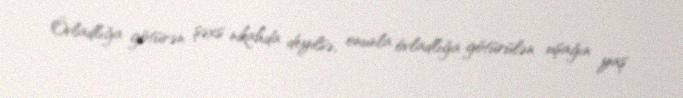
Övladlığa götürən şəxs nikahda deyilsə, onunla övladlığa götürülən uşağın yaş